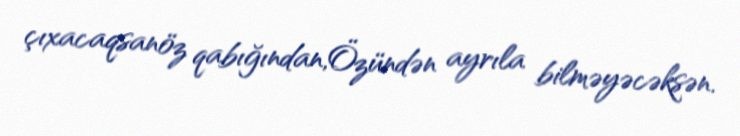
çıxacaqsanöz qabığından,Özündən ayrıla bilməyəcəksən.